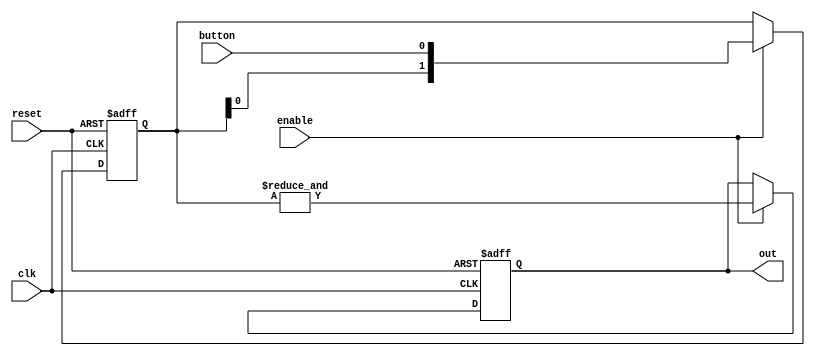
`timescale 1ns / 1ps
//////////////////////////////////////////////////////////////////////////////////
// Company: 
// Engineer: 
// 
// Design Name: 
// Module Name: debouncer
// Project Name: 
// Target Devices: 
// Tool Versions: 
// Description: 
// 
// Dependencies: 
// 
// Revision:
// Revision 0.01 - File Created
// Additional Comments:
// 
//////////////////////////////////////////////////////////////////////////////////


module debouncer(
    input wire button,
    input wire clk,
    input wire enable,
    input wire reset,
    output reg out
    );

// this parameter will decide how long our button needs to be constant
// in order to generate an output
// BOUNCE_DELAY = 2 is a standard debouncer; raise BOUNCE_DELAY to 
// force the button to be held for a period of time
parameter BOUNCE_DELAY = 2; 

reg [BOUNCE_DELAY - 1:0] bouncer;

// basically a shift register where we want to take a poll of the outputs
always @( posedge clk, posedge reset ) begin

    if ( reset ) begin
        bouncer <= 0; // clear everyone
        out <= 0;
    end
    
    else begin
        
        if ( enable ) begin
           bouncer <= { bouncer[BOUNCE_DELAY-2:0], button };
           out <= &bouncer;
        end
    end
    
end

endmodule